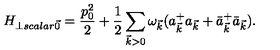
H _ { \perp s c a l a r \vec { 0 } } = \frac { p _ { 0 } ^ { 2 } } { 2 } + \frac { 1 } { 2 } \sum _ { \vec { k } > 0 } \omega _ { \vec { k } } ( a _ { \vec { k } } ^ { + } a _ { \vec { k } } + \bar { a } _ { \vec { k } } ^ { + } \bar { a } _ { \vec { k } } ) .